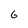
Character: 6